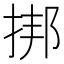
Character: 挷